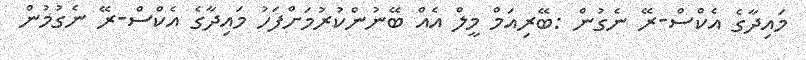
މައިދާގެ އެކްސް-ރޭ ނެގުން :ބޭރިއަމް މީލް އެއް ބޭނުންކުރުމަށްފަހު މައިދާގެ އެކްސް-ރޭ ނެގުމުން